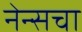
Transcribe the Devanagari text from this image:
नेन्सचा